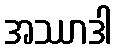
အဿာဒါ